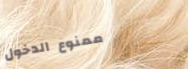
ممنوع الدخول